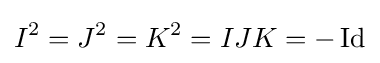
I^{2}=J^{2}=K^{2}=IJK=-\operatorname {Id}